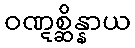
ဝဏ္ဋစ္ဆိန္နာယ